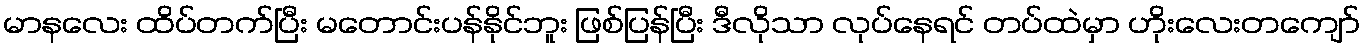
မာနလေး ထိပ်တက်ပြီး မတောင်းပန်နိုင်ဘူး ဖြစ်ပြန်ပြီး ဒီလိုသာ လုပ်နေရင် တပ်ထဲမှာ ဟိုးလေးတကျော်